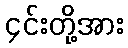
၄င်းတို့အား